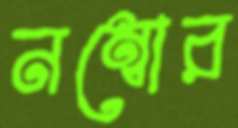
নম্বোর